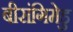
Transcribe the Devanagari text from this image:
बीरांगिमेडु